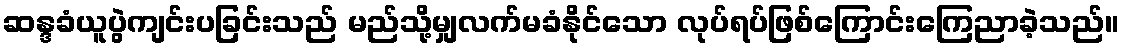
ဆန္ဒခံယူပွဲကျင်းပခြင်းသည် မည်သို့မျှလက်မခံနိုင်သော လုပ်ရပ်ဖြစ်ကြောင်းကြေညာခဲ့သည်။